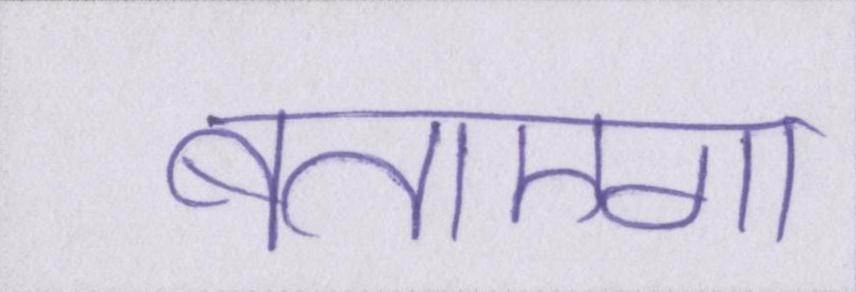
बताएगा